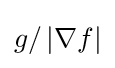
{\textstyle g/\left|\nabla f\right|}